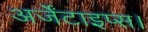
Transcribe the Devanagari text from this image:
अर्जेंटाइप्स।